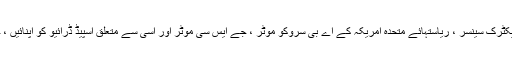
ہمارے فوائد اچھی ترتیب ، اعلی کارکردگی کو جرمن لیوزے جی ایس فوٹو الیکٹرک سینسر ، ریاستہائے متحدہ امریکہ کے اے بی سروکو موٹر ، جے ایس سی موٹر اور اسی سے متعلق اسپیڈ ڈرائیو کو اپنائیں ، جس نے تیز ، اعلی موثر اور مستحکم لیبلنگ کے ل for اچھی فنڈنگ کی ہے۔